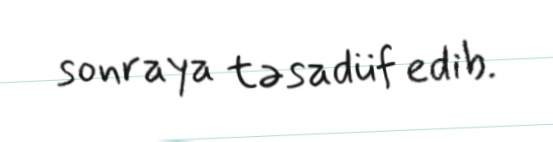
sonraya təsadüf edib.